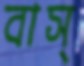
বাস্